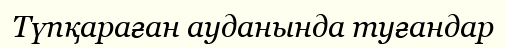
Түпқараған ауданында туғандар